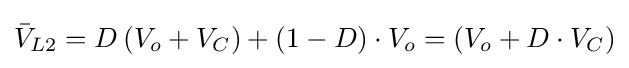
{\bar {V}}_{L2}=D\left(V_{o}+V_{C}\right)+\left(1-D\right)\cdot V_{o}=\left(V_{o}+D\cdot V_{C}\right)